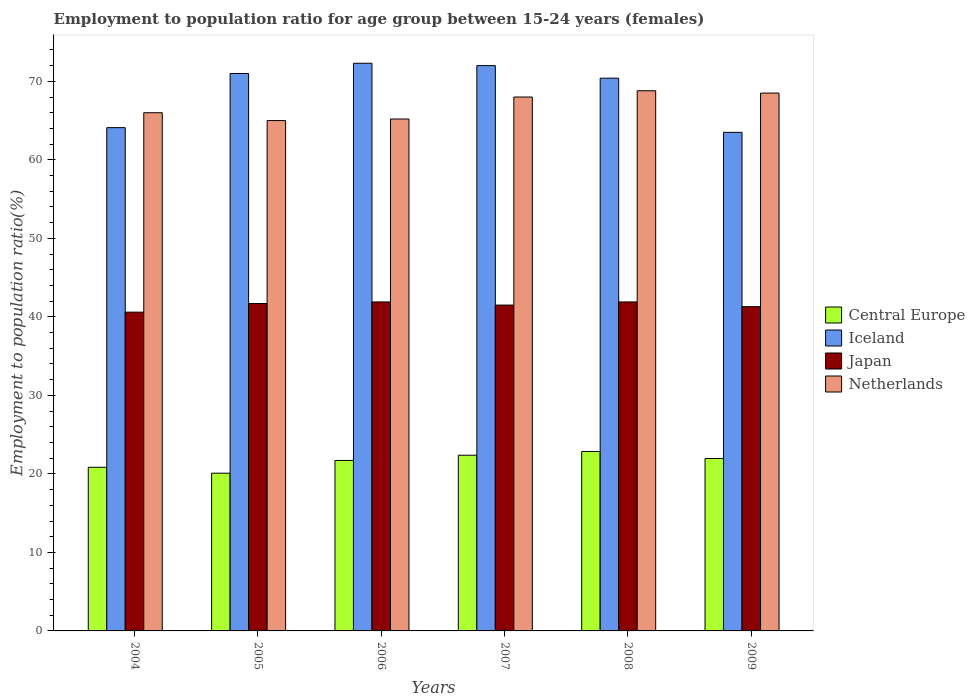
| Years | Central Europe | Iceland | Japan | Netherlands |
 | --- | --- | --- | --- | --- |
 | 2004 | 20.8 | 64.1 | 40.6 | 66 |
 | 2005 | 20.1 | 71 | 41.7 | 65 |
 | 2006 | 21.7 | 72.3 | 41.9 | 65.2 |
 | 2007 | 22.4 | 72 | 41.5 | 68 |
 | 2008 | 22.9 | 70.4 | 41.9 | 68.8 |
 | 2009 | 22 | 63.5 | 41.3 | 68.5 |